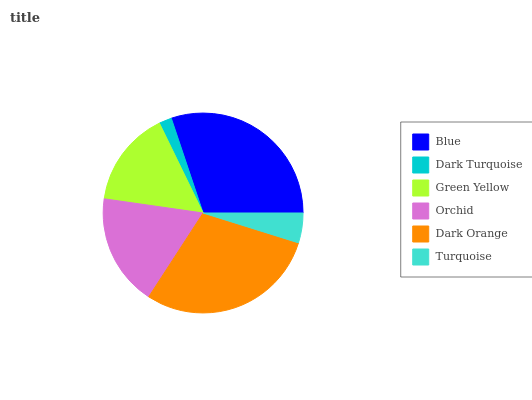
| Blue | Dark Turquoise | Green Yellow | Orchid | Dark Orange | Turquoise |
 | --- | --- | --- | --- | --- | --- |
 | 30.1% | 2.05% | 15.5% | 18.2% | 29.3% | 4.83% |